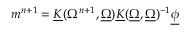
\begin{array} { r } { m ^ { n + 1 } = \underline { { K } } ( \Omega ^ { n + 1 } , \underline { { \Omega } } ) \underline { { K } } ( \underline { { \Omega } } , \underline { { \Omega } } ) ^ { - 1 } \underline { { \phi } } } \end{array}